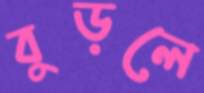
বুড়লে